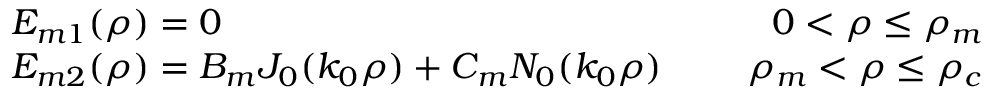
\begin{array} { r } { \begin{array} { l c r } { E _ { m 1 } ( \rho ) = 0 } & { \mathrm { ~ } } & { 0 < \rho \leq \rho _ { m } } \\ { E _ { m 2 } ( \rho ) = B _ { m } J _ { 0 } ( k _ { 0 } \rho ) + C _ { m } N _ { 0 } ( k _ { 0 } \rho ) } & { \mathrm { ~ } } & { \rho _ { m } < \rho \leq \rho _ { c } } \end{array} } \end{array}